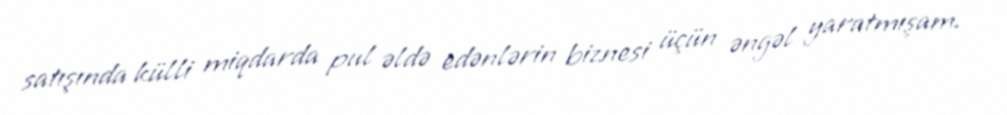
satışında külli miqdarda pul əldə edənlərin biznesi üçün əngəl yaratmışam.